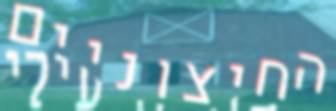
החיצוניים